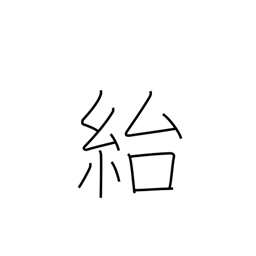
Meaning: deceive